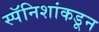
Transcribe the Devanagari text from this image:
स्पॅनिशांकडून